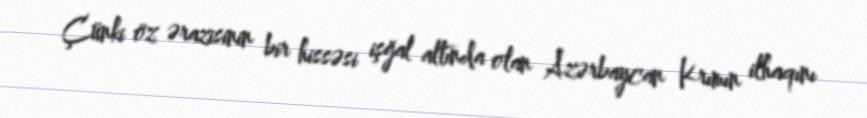
Çünki öz ərazisinin bir hissəsi işğal altında olan Azərbaycan Krımın ilhaqını